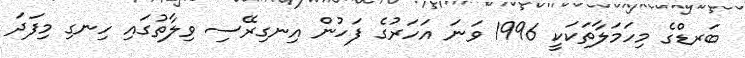
ބަރޑްގެ މިހަމަލާތަކަކީ 1996 ވަނަ އަހަރުގެ ފަހުން އިނގިރޭސި ވިލާތުގައި ހިނގި މިފަދަ